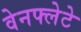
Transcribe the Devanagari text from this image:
वेनफ्लेटे